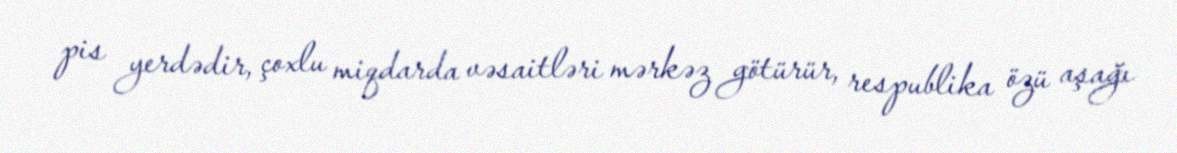
pis yerdədir, çoxlu miqdarda vəsaitləri mərkəz götürür, respublika özü aşağı